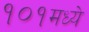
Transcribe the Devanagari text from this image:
१०१मध्ये